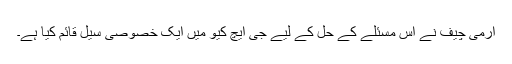
آرمی چیف نے اس مسئلے کے حل کے لیے جی ایچ کیو میں ایک خصوصی سیل قائم کیا ہے۔